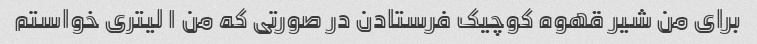
برای من شیر قهوه کوچیک فرستادن در صورتی که من ۱ لیتری خواستم